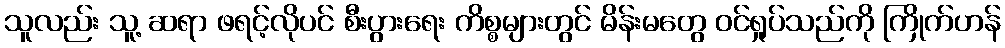
သူလည်း သူ့ ဆရာ ဖရင့်လိုပင် စီးပွားရေး ကိစ္စများတွင် မိန်းမတွေ ဝင်ရှုပ်သည်ကို ကြိုက်ဟန်